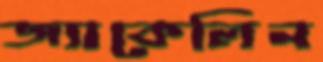
জ্যাকেলিন